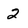
Character: 2